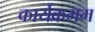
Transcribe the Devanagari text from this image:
कार्यक्रमम